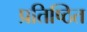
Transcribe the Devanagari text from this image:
प्रतिष्‍िठत